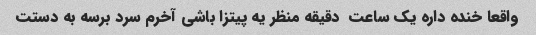
واقعا خنده داره یک ساعت  دقیقه منظر یه پیتزا باشی آخرم سرد برسه به دستت